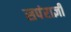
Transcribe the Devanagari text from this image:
सपंराज्ञी